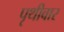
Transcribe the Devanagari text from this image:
पृथीवार